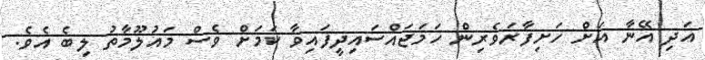
އަދި އޭނާ އަށް ހަށިފާރަވެރިން ހަމަޖައްސައިދީފައިވާ ކަމަށް ވެސް މައުލޫމާތު ލިބެ އެވެ.